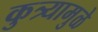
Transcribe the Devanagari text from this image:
कुत्र्यामुळे